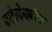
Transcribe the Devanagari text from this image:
स्टेलेनबॉश